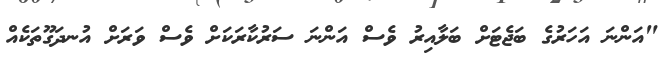
"އަންނަ އަހަރުގެ ބަޖެޓަށް ބަލާއިރު ވެސް އަންނަ ސަރުކާރަކަށް ވެސް ވަރަށް އުނދަގޫތަކެއް